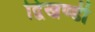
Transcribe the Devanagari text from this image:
द्विखण्डी